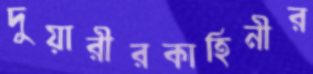
দুয়ারীরকাহিনীর